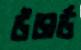
উডার্ড